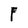
Character: F